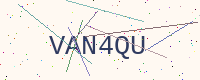
Text: VAN4QU